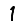
Digit: 1